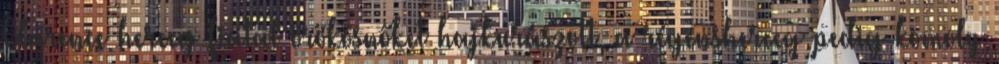
Clarence herceg fiatal örökösnőket hajkurászott, a régensherceg pedig komoly